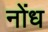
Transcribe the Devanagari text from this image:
नोंध